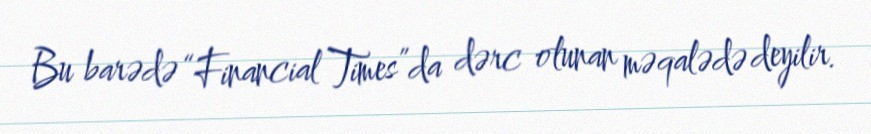
Bu barədə “Financial Times”da dərc olunan məqalədə deyilir.